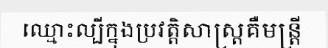
ឈ្មោះល្បីក្នុងប្រវត្តិសាស្ត្រគឺមន្ត្រី